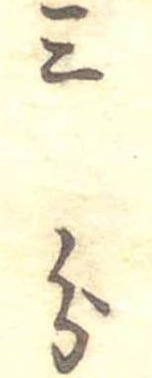
三分